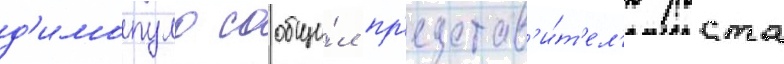
д'имопуло сообщи́л пр'едстав'и́т'ел'ю роста